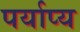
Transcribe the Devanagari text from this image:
पर्याप्य